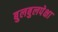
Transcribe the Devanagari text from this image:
बुलबुलपेक्षा